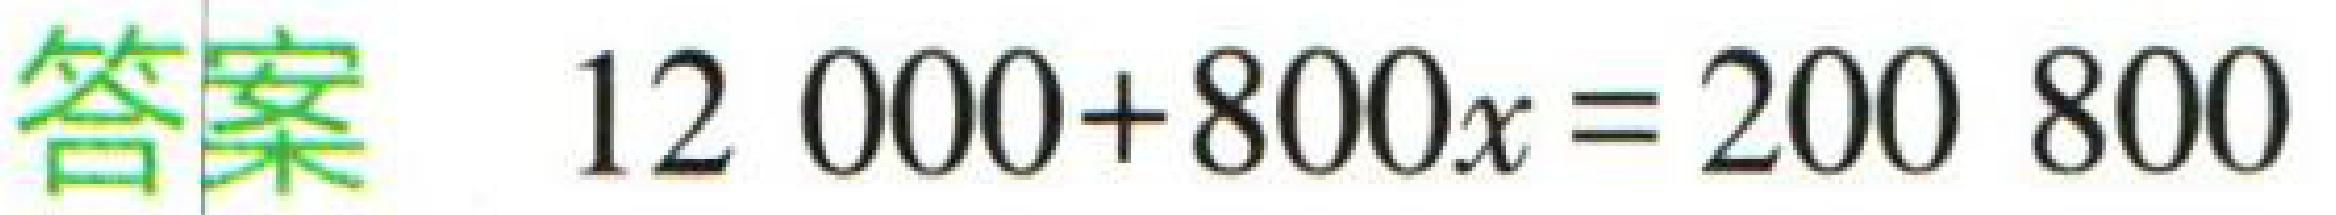
\(12000 + 800x = 200800\)